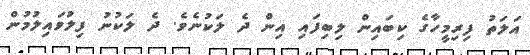
އަލަތު ފިރިމީހާގެ ކިބައިން ލިބިފައި އިން ދެ ލަކުނެވެ. ދެ ލަކުނު ފިލުވައިލުމުން